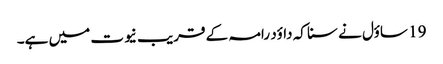
19 ساؤل نے سنا کہ داؤد رامہ کے قریب نیوت میں ہے۔